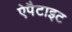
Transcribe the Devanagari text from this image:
ऐपैटाइट